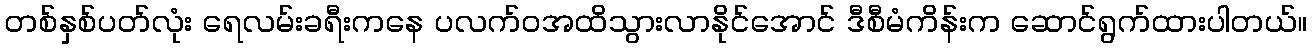
တစ်နှစ်ပတ်လုံး ရေလမ်းခရီးကနေ ပလက်ဝအထိသွားလာနိုင်အောင် ဒီစီမံကိန်းက ဆောင်ရွက်ထားပါတယ်။